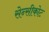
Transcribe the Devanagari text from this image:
सेन्सीकोट